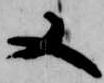
又